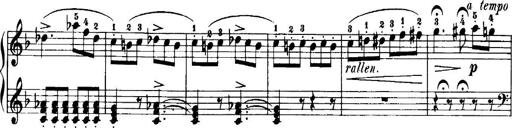
Title: 7 Sonatinas
Composer: Anton Diabelli